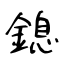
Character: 鎴